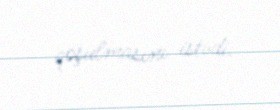
qoşulmasını istədi.